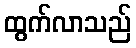
ထွက်လာသည်